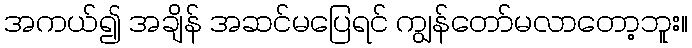
အကယ်၍ အချိန် အဆင်မပြေရင် ကျွန်တော်မလာတော့ဘူး။